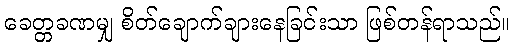
ခေတ္တခဏမျှ စိတ်ချောက်ချားနေခြင်းသာ ဖြစ်တန်ရာသည်။